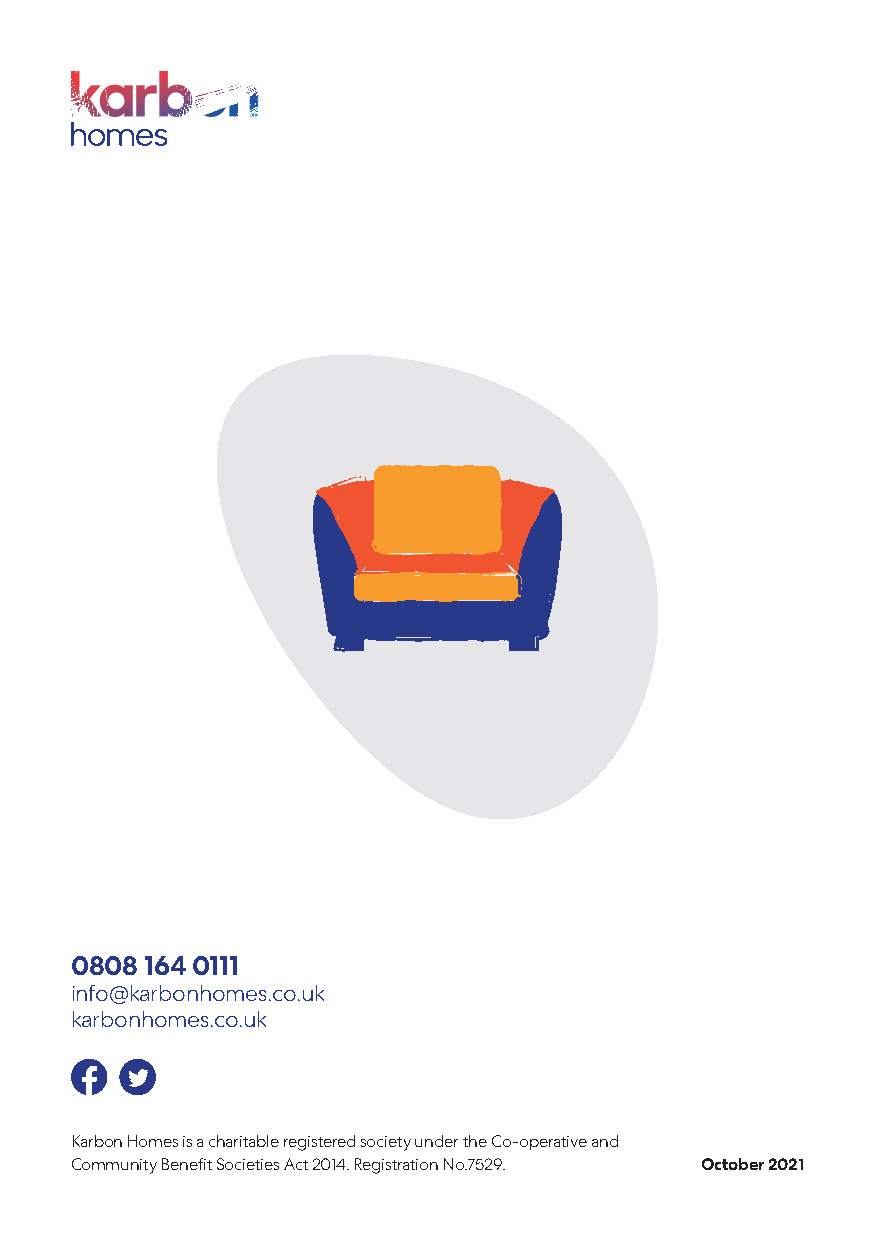
0808 164 0111
 info@karbonhomes.co.uk
 karbonhomes.co.uk
 Karbon Homes is a charitable registered society under the Co-operative and
 Community Benefit Societies Act 2014. Registration No.7529. October 2021